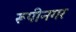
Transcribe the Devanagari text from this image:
रूपीनगर